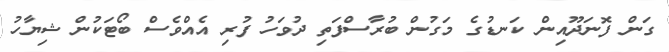
ގަން ފޮނަދޫއިން ކަނޑުގެ މަގުން ބުރާސްފަތި ދުވަހު ފުރި އެއްވެސް ބޯޓަކުން ޝިޔާހު